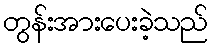
တွန်းအားပေးခဲ့သည်